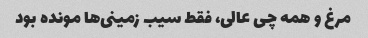
مرغ و همه چی عالی، فقط سیب زمینی‌ها مونده بود